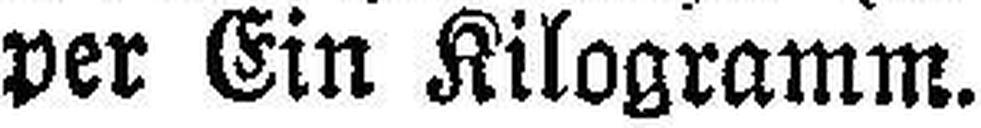
per Ein Kilogramm.